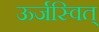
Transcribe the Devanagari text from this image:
ऊर्जस्वित्